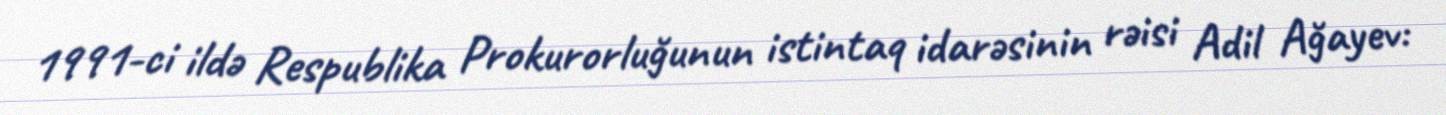
1991-ci ildə Respublika Prokurorluğunun istintaq idarəsinin rəisi Adil Ağayev: